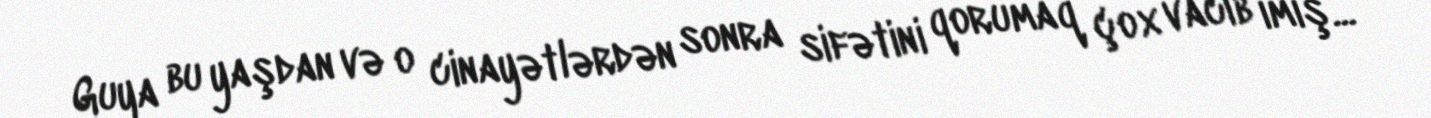
Guya bu yaşdan və o cinayətlərdən sonra sifətini qorumaq çox vacib imiş...